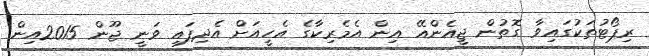
ރިޕޯޓުތަކުގައިވާ ގޮތުން ޖީއެންއޭ އިން އެމެރިކާގެ އެހީއަށް އެދިފައި ވަނީ ޖޫން 2015އިން